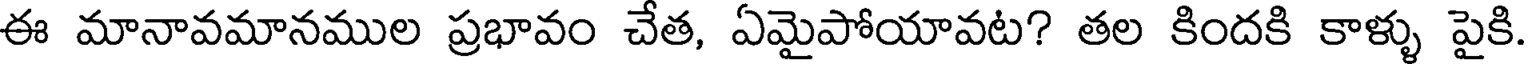
ఈ మానావమానముల ప్రభావం చేత, ఏమైపోయావట? తల కిందకి కాళ్ళు పైకి.